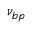
\nu _ { b p }